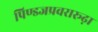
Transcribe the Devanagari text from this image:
पिण्डजप्रवरारूढ़ा